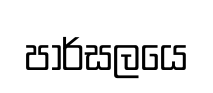
පාර්සලයෙ